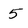
Character: 5